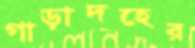
গাড়াদহের